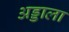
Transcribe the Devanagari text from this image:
अड्डाला